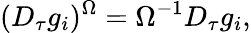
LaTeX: (D_{\tau}g_{i})^{\Omega}=\Omega^{-1}D_{\tau}g_{i},